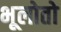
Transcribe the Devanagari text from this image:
भूलोतो